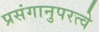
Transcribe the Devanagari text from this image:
प्रसंगानुपरत्वे